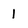
Character: 1